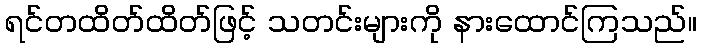
ရင်တထိတ်ထိတ်ဖြင့် သတင်းများကို နားထောင်ကြသည်။